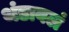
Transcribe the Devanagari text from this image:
थंडावलं